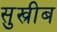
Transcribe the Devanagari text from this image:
सुख्रीब